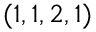
( 1 , 1 , 2 , 1 )